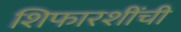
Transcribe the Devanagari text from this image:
शिफारशींची